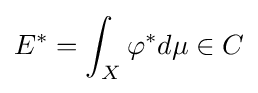
E^{*}=\int _{X}\varphi ^{*}d\mu \in C